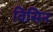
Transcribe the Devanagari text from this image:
विसिन